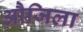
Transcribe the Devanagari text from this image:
औजिला